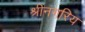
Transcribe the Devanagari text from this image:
श्रीनगरिय